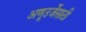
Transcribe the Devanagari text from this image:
अणूउर्जेसाठी